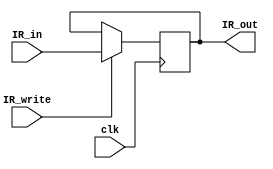
`timescale 1ns / 1ps


module IR(
        input [31:0] IR_in,
        input clk,
        input IR_write,
        output[31:0] IR_out
    );
    reg[31:0] IR;
    initial IR = 0;
    assign IR_out = IR;
    
    always@(posedge clk)
    begin
        if(IR_write) 
            IR <= IR_in;
    end

endmodule